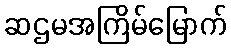
ဆဌမအကြိမ်မြောက်